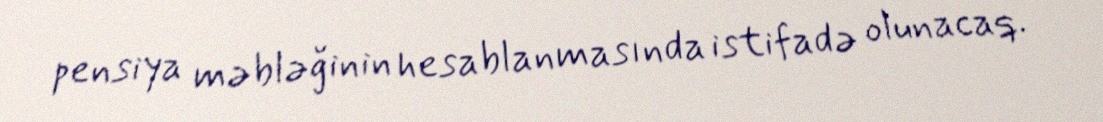
pensiya məbləğinin hesablanmasında istifadə olunacaq.